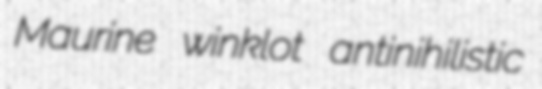
Maurine winklot antinihilistic